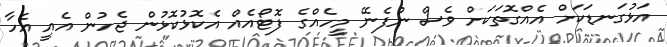
އަޅުގަނޑަކަށް އެއްގޮތަކަށް ވެސް ނުފެނޭ މީހެއްގެ ފޮޓޯއެއް އެކޮޅުކޮޅުން ޖެހުން އެއީ އެހާ